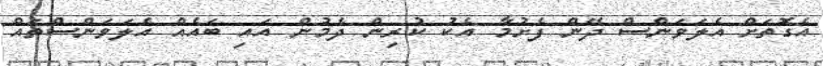
އެގޮތަށް އެލަވަންސް ދޭން ފެށުމާ އެކު ކުރިން ދެމުން އައި ބައެއް އެލަވަންސްތައް